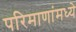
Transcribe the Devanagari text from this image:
परिमाणांमध्ये